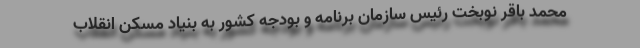
محمد باقر نوبخت رئیس سازمان برنامه و بودجه کشور به بنیاد مسکن انقلاب